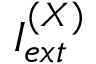
I _ { e x t } ^ { ( X ) }